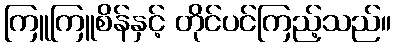
ကြူကြူစိန်နှင့် တိုင်ပင်ကြည့်သည်။